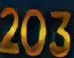
203